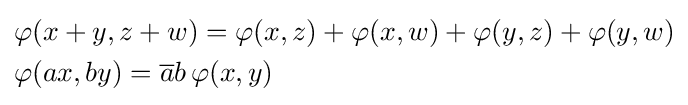
{\begin{aligned}&\varphi (x+y,z+w)=\varphi (x,z)+\varphi (x,w)+\varphi (y,z)+\varphi (y,w)\\&\varphi (ax,by)={\overline {a}}b\,\varphi (x,y)\end{aligned}}